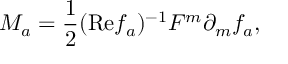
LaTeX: M _ { a } = { \frac { 1 } { 2 } } ( \mathrm { R e } f _ { a } ) ^ { - 1 } F ^ { m } \partial _ { m } f _ { a } ,